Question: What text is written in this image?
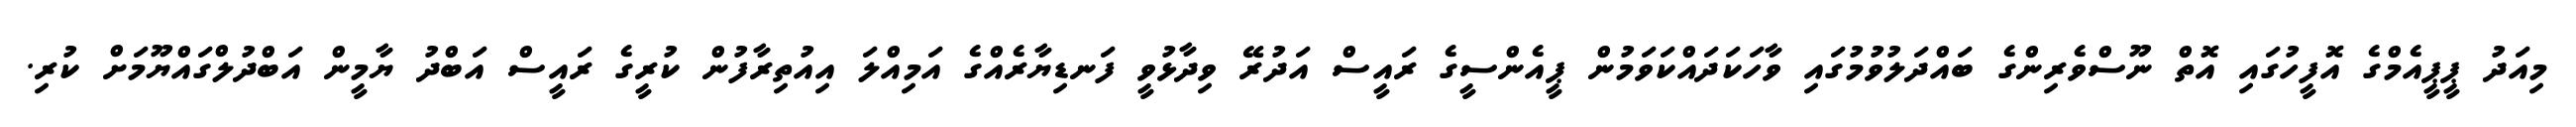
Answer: މިއަދު ޕީޕީއެމްގެ އޮފީހުގައި އޮތް ނޫސްވެރިންގެ ބައްދަލުވުމުގައި ވާހަކަދައްކަވަމުން ޕީއެންސީގެ ރައީސް އަދުރޭ ވިދާޅުވީ ފަނޑިޔާރެއްގެ އަމިއްލަ އިއުތިރާފުން ކުރީގެ ރައީސް އަބްދު ޔާމީން އަބްދުލްގައްޔޫމަށް ކުރި.